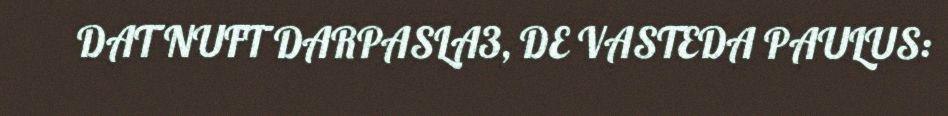
DAT NUFT DARPASLA3, DE VASTEDA PAULUS: